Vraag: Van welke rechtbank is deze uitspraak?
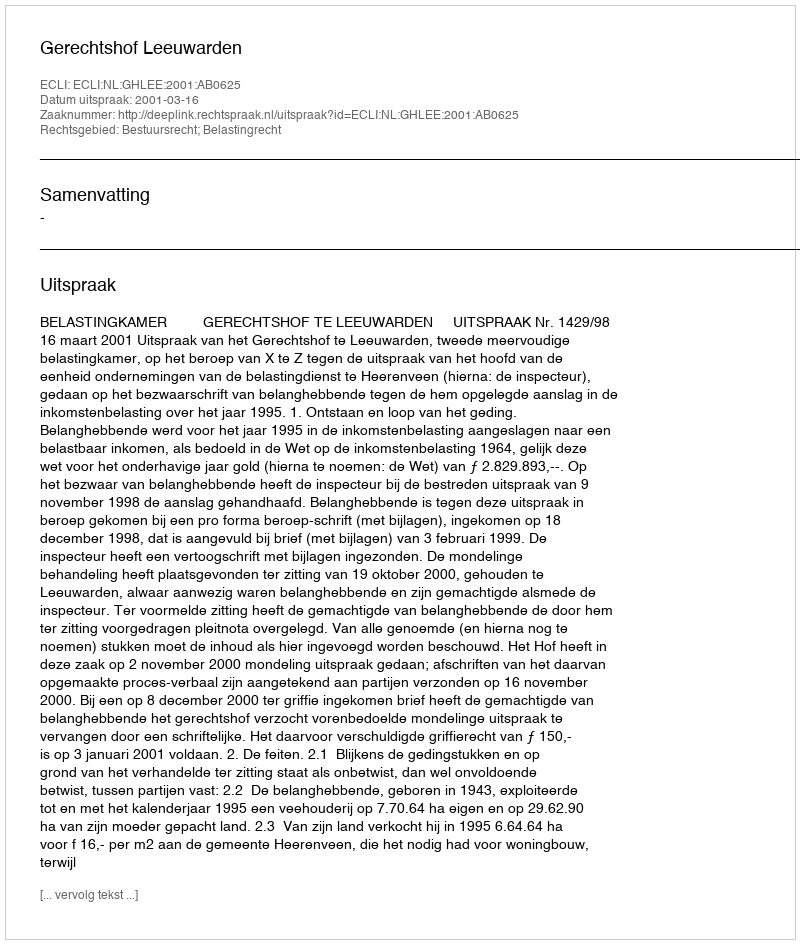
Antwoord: Gerechtshof Leeuwarden